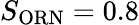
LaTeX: S_{\mathrm{ORN}}=0.8